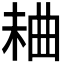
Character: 𣒠